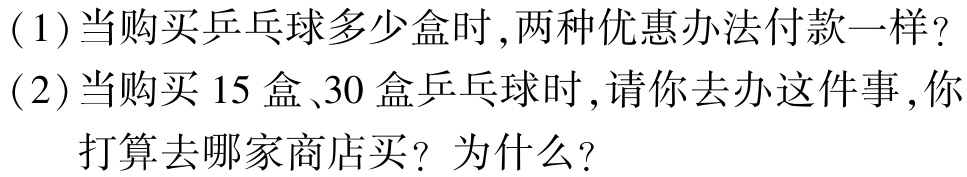
(1)当购买乒乓球多少盒时,两种优惠办法付款一样?

(2)当购买$15$盒、$30$盒乒乓球时,请你去办这件事,你打算去哪家商店买？为什么？